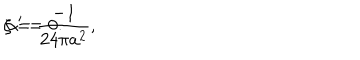
LaTeX: \zeta = \frac { - 1 } { 2 4 \pi a ^ { 2 } } , \hspace { 2 c m } \alpha ^ { \prime } = 0 .